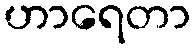
ဟာရေတာ